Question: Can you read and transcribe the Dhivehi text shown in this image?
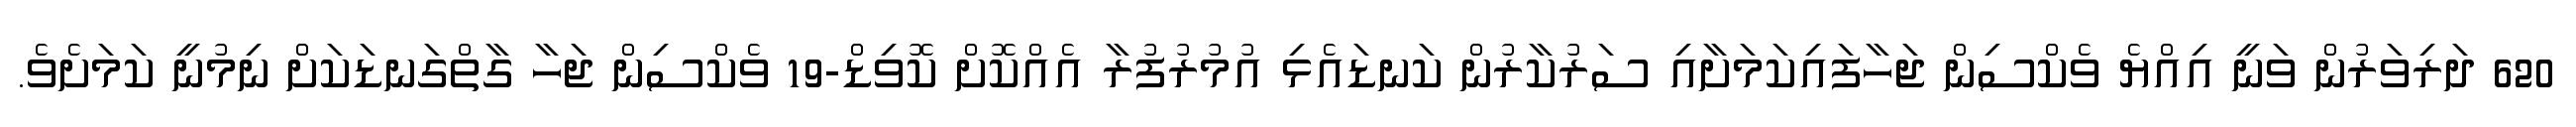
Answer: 620 ދަރިވަރުން ވަނީ އިއްޔެ ވެކްސިން ޖަހާފައިކަމަށާއި ސަރުކާރުން ކަނޑައެޅި އުމުރުފުރާ އެއްކޮށް ކޮވިޑް-19 ވެކްސިން ޖަހާ ގާތްގަނޑަކަށް ނިމުނީ ކަމަށެވެ.